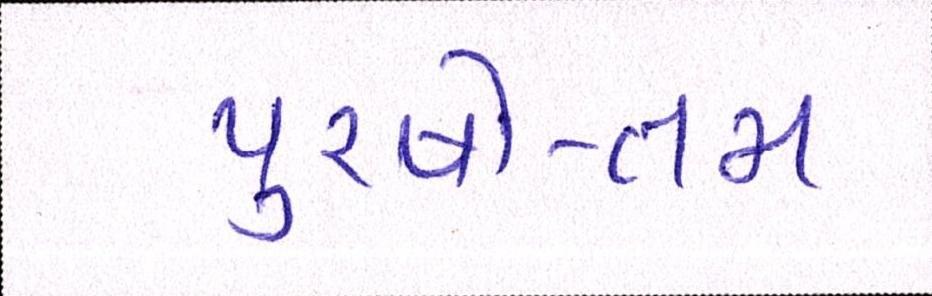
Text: પુરષોત્તમ